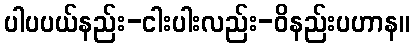
ပါပပယ်နည်း-ငါးပါးလည်း-ဝိနည်းပဟာန။